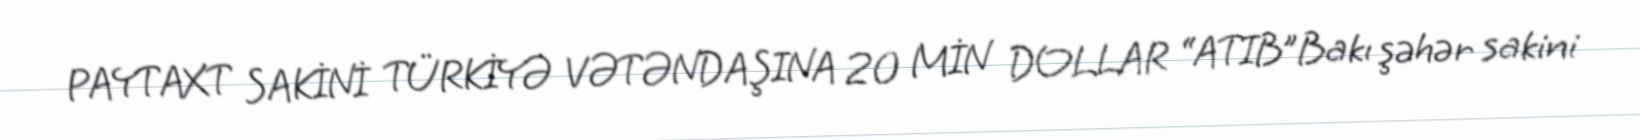
PAYTAXT SAKİNİ TÜRKİYƏ VƏTƏNDAŞINA 20 MİN DOLLAR “ATIB”Bakı şəhər sakini